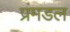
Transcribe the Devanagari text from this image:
प्रंमडल